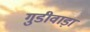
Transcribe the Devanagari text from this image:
गुडीवाड़ा